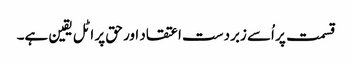
قسمت پر اُسے زبردست اعتقاد اور حق پر اٹل یقین ہے۔